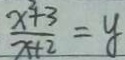
\frac { x ^ { 2 } + 3 } { x + 2 } = y